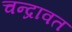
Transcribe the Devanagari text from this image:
चन्द्रावत